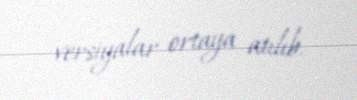
versiyalar ortaya atılıb.